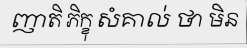
ញាតិ ភិក្ខុ សំគាល់ ថា មិន